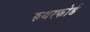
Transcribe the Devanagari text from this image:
रुथरफोर्ड